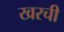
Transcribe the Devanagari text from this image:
खरची